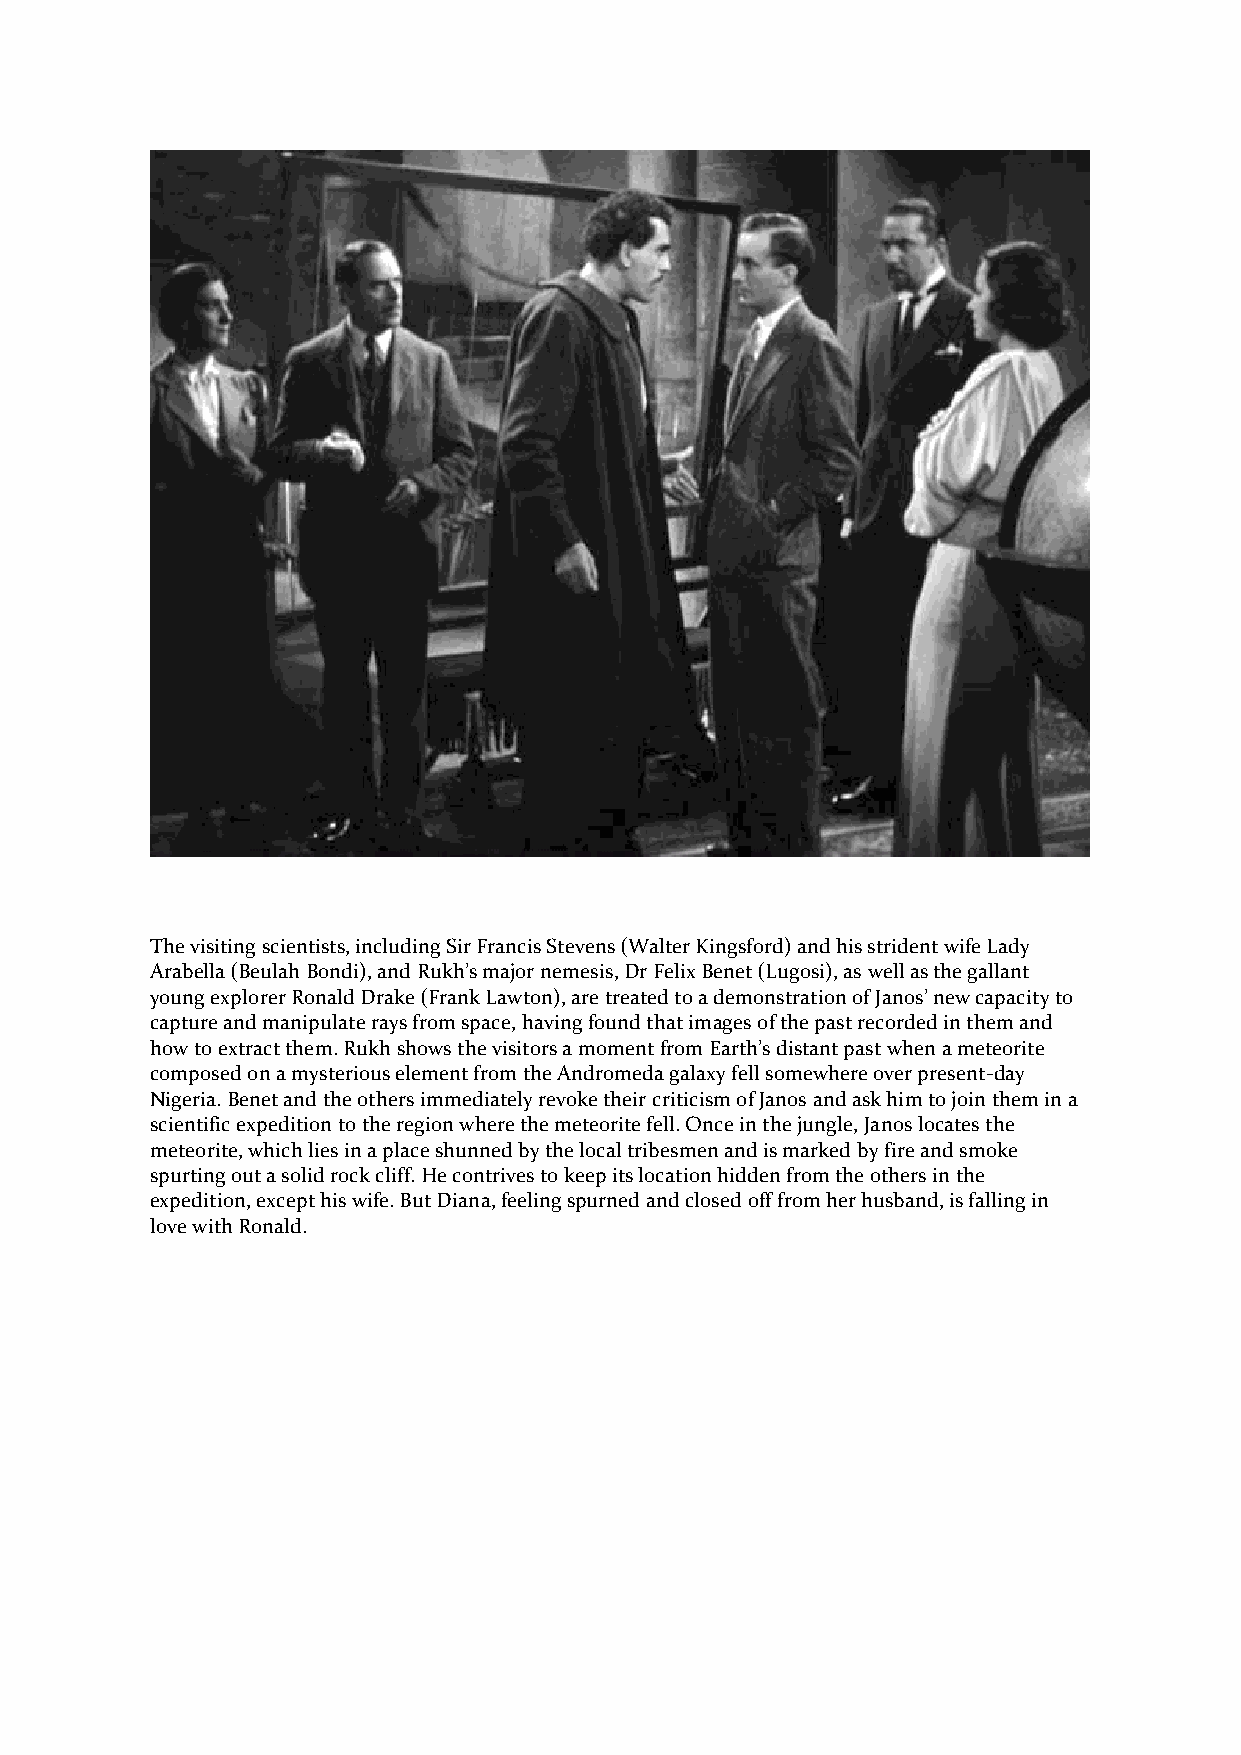
The visiting scientists, including Sir Francis Stevens (Walter Kingsford) and his strident wife Lady
 Arabella (Beulah Bondi), and Rukh’s major nemesis, Dr Felix Benet (Lugosi), as well as the gallant
 young explorer Ronald Drake (Frank Lawton), are treated to a demonstration of Janos’ new capacity to
 capture and manipulate rays from space, having found that images of the past recorded in them and
 how to extract them. Rukh shows the visitors a moment from Earth’s distant past when a meteorite
 composed on a mysterious element from the Andromeda galaxy fell somewhere over present-day
 Nigeria. Benet and the others immediately revoke their criticism of Janos and ask him to join them in a
 scientific expedition to the region where the meteorite fell. Once in the jungle, Janos locates the
 meteorite, which lies in a place shunned by the local tribesmen and is marked by fire and smoke
 spurting out a solid rock cliff. He contrives to keep its location hidden from the others in the
 expedition, except his wife. But Diana, feeling spurned and closed off from her husband, is falling in
 love with Ronald.